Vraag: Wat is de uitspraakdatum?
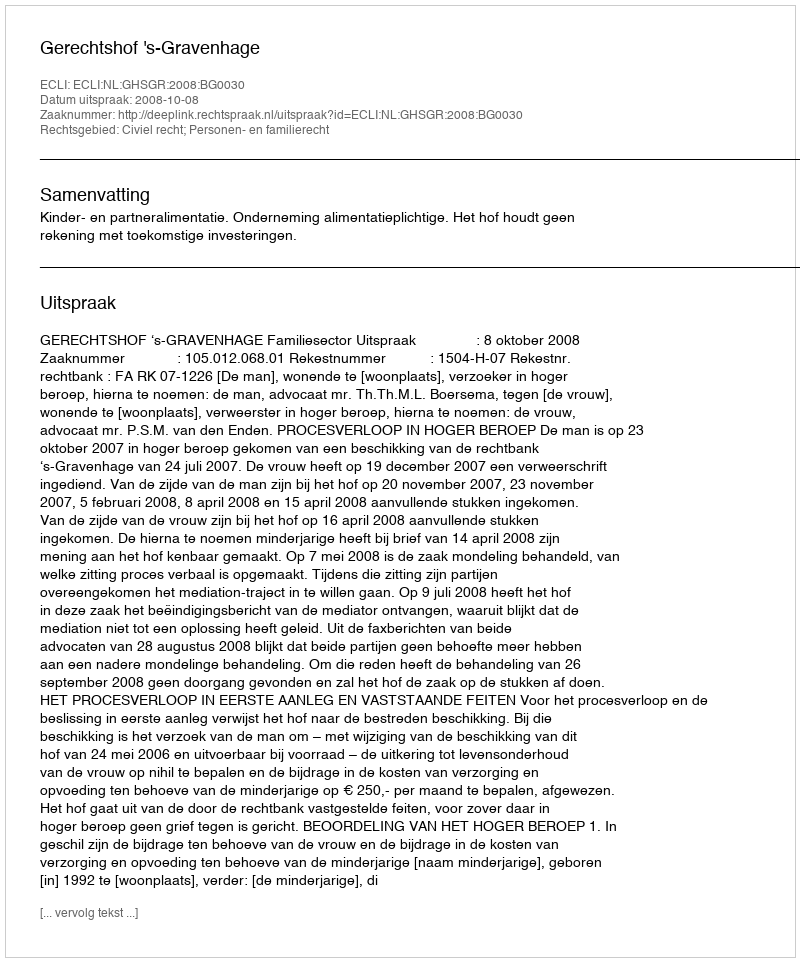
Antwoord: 2008-10-08